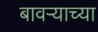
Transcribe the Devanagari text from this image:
बावऱ्याच्या